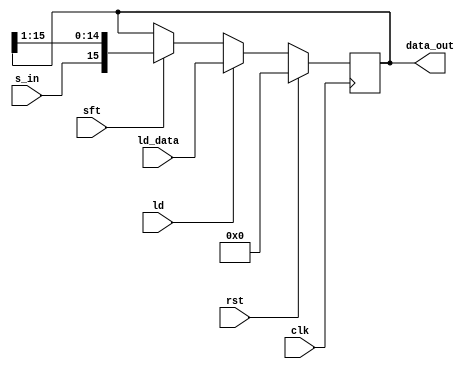


module shiftreg(data_out,ld_data,s_in,clk,ld,rst,sft);   //SIPO

input [15:0] ld_data;
input clk,rst,ld,s_in,sft;
output reg [15:0]data_out;

always@(posedge clk)
 begin
    if(rst)
	    data_out <= 0;
	else if(ld)
        data_out <= ld_data;
    else if(sft)
        data_out <= {s_in,data_out[15:1]};	
 end
 
 endmodule